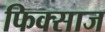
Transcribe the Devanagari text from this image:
फिक्साज